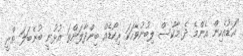
"އަޑުއެހިން އެންމެ ދެ މާކްސް ލިބުނުވާހަކަ ރިކޯޑެއް ބިންދާލަންތަ އުޅުނީ ބުނެބަލަ ތްރީ